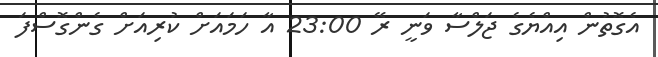
އެގޮތުން އިއްޔެގެ ޖަލްސާ ވަނީ ރޭ 23:00 އާ ހަމައަށް ކުރިއަށް ގެންގޮސްފަ